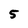
Character: 5